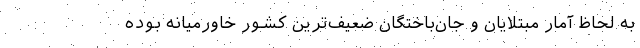
به لحاظ آمار مبتلایان و جان‌باختگان ضعیف‌ترین کشور خاورمیانه بوده